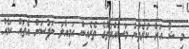
މި ޝޯ އަށް ކުރެވުނު މަސައްކަތުގެ ތެރެއިން އަމިއްލަ ނަފުސަށް އެތައް ކަމެއް